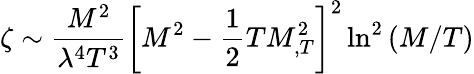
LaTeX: \zeta\sim\frac{M^{2}}{\lambda^{4}T^{3}}\left[M^{2}-\frac 12TM_{,T}^{2}\right]^{2}\ln^{2}\left(M/T\right)